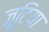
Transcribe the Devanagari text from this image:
जूटिया